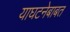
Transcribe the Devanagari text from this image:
याघटनेबाबत